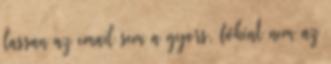
lassan az email sem a gyors, főként nem az